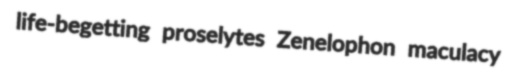
life-begetting proselytes Zenelophon maculacy